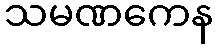
သမဏကေန